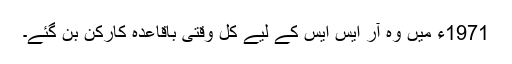
1971ء میں وہ آر ایس ایس کے لیے کل وقتی باقاعدہ کارکن بن گئے۔